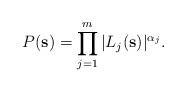
LaTeX: \begin{align*}P(\mathbf{s})=\prod_{j=1}^m|L_j(\mathbf{s})|^{\alpha_j}.\end{align*}